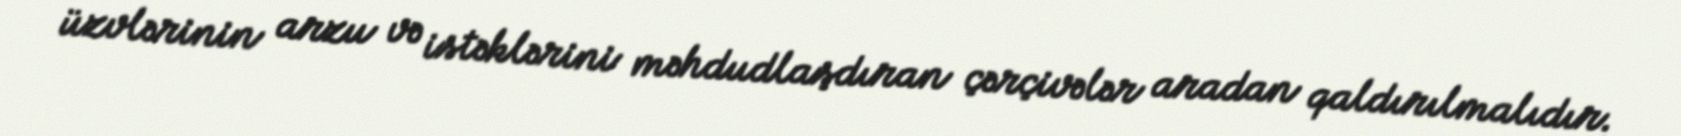
üzvlərinin arzu və istəklərini məhdudlaşdıran çərçivələr aradan qaldırılmalıdır.